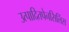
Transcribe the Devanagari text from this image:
उत्पादितपेनसिलिंस